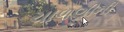
ચાળણીની